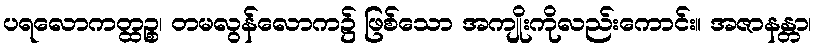
ပရလောကတ္ထဉ္စ၊ တမလွန်လောက၌ ဖြစ်သော အကျိုးကိုလည်းကောင်း။ အဇာနန္တာ၊